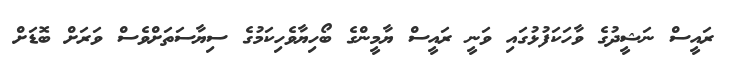
ރައީސް ނަޝީދުގެ ވާހަކަފުޅުގައި ވަނީ ރައީސް ޔާމީންގެ ބޯހިޔާވެހިކަމުގެ ސިޔާސަތަށްވެސް ވަރަށް ބޮޑަށް